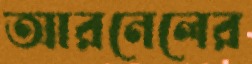
আরনেলের